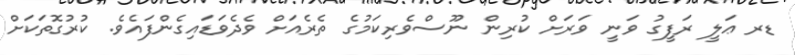
ޑރ ޢަލީ ރަފީގު ވަނީ ވަރަށް ކުރިން ނޫސްވެރިކަމުގެ ތެރެއަށް ވެދެވަޑައިގެންފައެވެ. ކުރުގޮތަކަށް